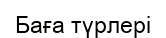
Баға түрлері